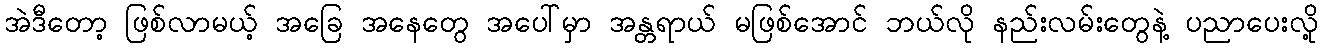
အဲဒီတော့ ဖြစ်လာမယ့် အခြေ အနေတွေ အပေါ်မှာ အန္တရာယ် မဖြစ်အောင် ဘယ်လို နည်းလမ်းတွေနဲ့ ပညာပေးလို့